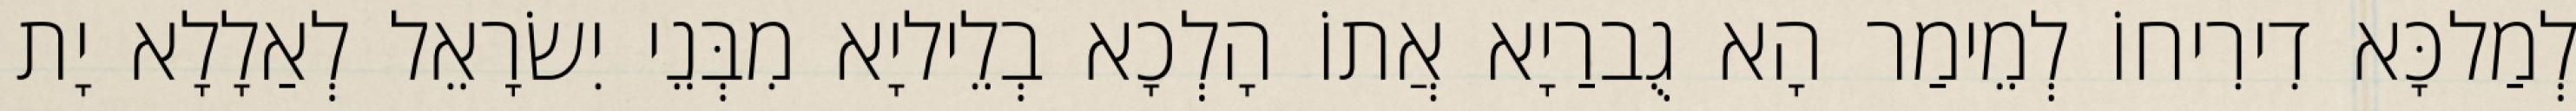
לְמַלכָּא דִירִיחוֹ לְמֵימַר הָא גֻברַיָא אֲתוֹ הָלְכָא בְלֵיליָא מִבְּנֵי יִשׂרָאֵל לְאַלָלָא יָת